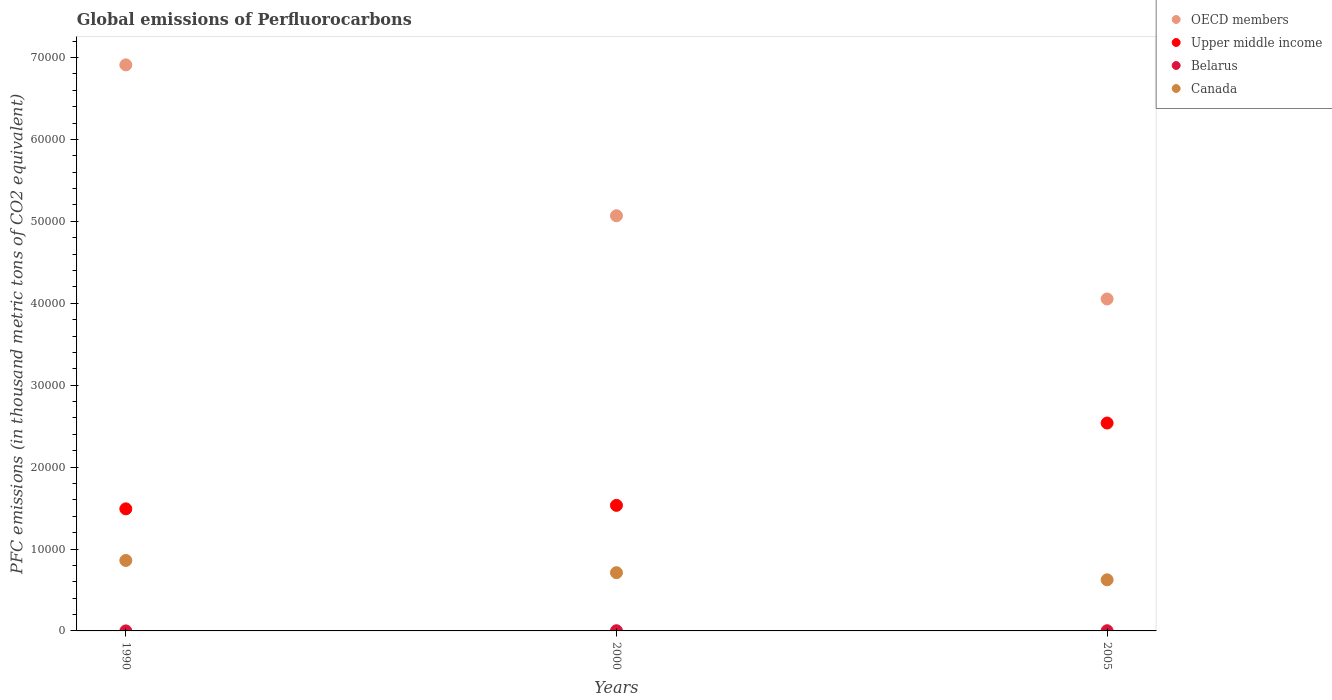
| Years | OECD members | Upper middle income | Belarus | Canada |
 | --- | --- | --- | --- | --- |
 | 1990 | 6.91e+04 | 1.49e+04 | 2.6 | 8.6e+03 |
 | 2000 | 5.07e+04 | 1.53e+04 | 23.9 | 7.11e+03 |
 | 2005 | 4.05e+04 | 2.54e+04 | 23.4 | 6.24e+03 |